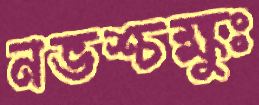
নভশ্চক্ষুঃ